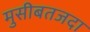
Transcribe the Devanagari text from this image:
मुसीबतजदा